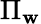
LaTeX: \Pi_{\mathbf{w}}